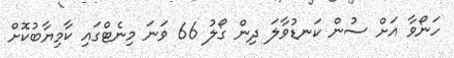
ހަނޯވާ އަށް ސުން ކަނޑުވާލަ ދިން ގޯލު 66 ވަނަ މިނެޓްގައި ކާމިޔާބުކޮށް